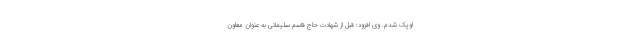
اوپک شدم. وی افزود: قبل از شهادت حاج قاسم سلیمانی به عنوان معاون